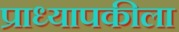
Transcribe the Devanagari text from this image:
प्राध्यापकीला